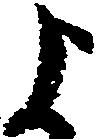
よ